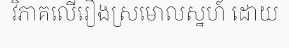
វិភាគលើរឿងស្រមោលស្នហ៍ ដោយ